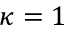
\kappa = 1